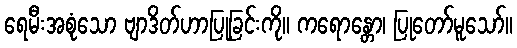
ရေမီးအစုံသော ဗျာဒိတ်ဟာပြုခြင်းကို။ ကရောန္တော၊ ပြုတော်မူသော်။